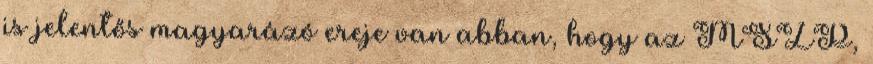
is jelentős magyarázó ereje van abban, hogy az MSZP,